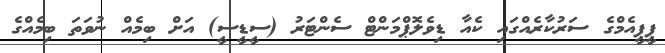
ޕީޕީއެމްގެ ސަރުކާރެއްގައި ކެއާ ޑިވެލޮޕްމަންޓް ސެންޓަރު (ސީޑީސީ) އަށް ބިމެއް ނުވަތަ ބިމެއްގެ